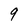
Character: 9